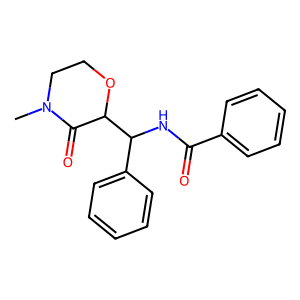
SMILES: CN1CCOC(C(NC(=O)c2ccccc2)c2ccccc2)C1=O
Inhibits HIV replication: No